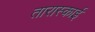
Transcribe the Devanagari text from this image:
तारास्काई